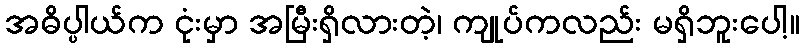
အဓိပ္ပါယ်က ငုံးမှာ အမြီးရှိလားတဲ့၊ ကျုပ်ကလည်း မရှိဘူးပေါ့။